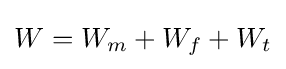
W=W_{m}+W_{f}+W_{t}